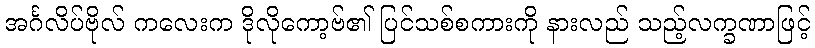
အင်္ဂလိပ်ဗိုလ် ကလေးက ဒိုလိုကော့ဗ်၏ ပြင်သစ်စကားကို နားလည် သည့်လက္ခဏာဖြင့်